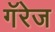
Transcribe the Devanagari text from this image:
गॅरेज